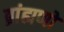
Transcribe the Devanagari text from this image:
ब्रांह्मणों